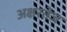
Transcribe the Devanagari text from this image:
अक्षरतेज